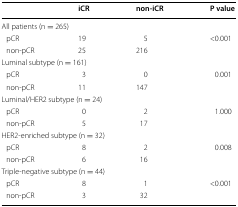
|  | iCR | non-iCR | P value |
 | --- | --- | --- | --- |
 | <COLSPAN=4> All patients (n = 265) |
 | pCR | 19 | 5 | <ROWSPAN=2> <0.001 |
 | non-pCR | 25 | 216 |
 | <COLSPAN=4> Luminal subtype (n = 161) |
 | pCR | 3 | 0 | <ROWSPAN=2> 0.001 |
 | non-pCR | 11 | 147 |
 | <COLSPAN=4> Luminal/HER2 subtype (n = 24) |
 | pCR | 0 | 2 | <ROWSPAN=2> 1.000 |
 | non-pCR | 5 | 17 |
 | <COLSPAN=4> HER2-enriched subtype (n = 32) |
 | pCR | 8 | 2 | <ROWSPAN=2> 0.008 |
 | non-pCR | 6 | 16 |
 | <COLSPAN=4> Triple-negative subtype (n = 44) |
 | pCR | 8 | 1 | <ROWSPAN=2> <0.001 |
 | non-pCR | 3 | 32 |